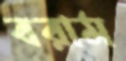
বরাম